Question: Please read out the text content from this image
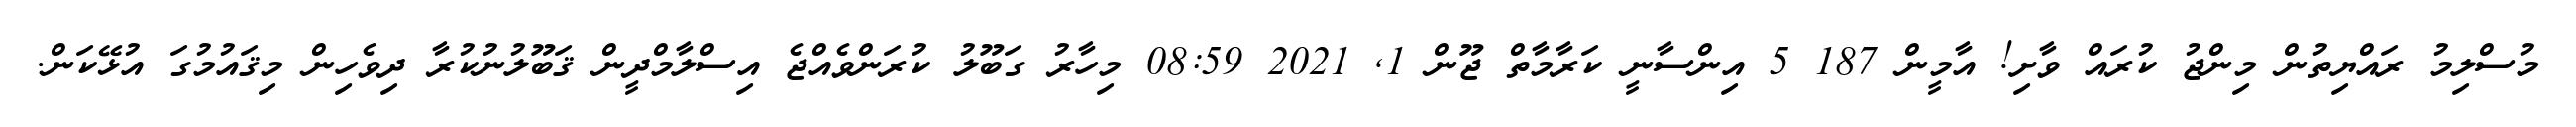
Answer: މުސްލިމު ރައްޔިތުން މިންޖު ކުރައް ވާށި! އާމީން 187 5 އިންސާނީ ކަރާމާތް ޖޫން 1, 2021 08:59 މިހާރު ގަބޫލު ކުރަންވެއްޖެ އިސްލާމްދީން ޤަބޫލުނުކުރާ ދިވެހިން މިޤައުމުގަ އުޅޭކަން.